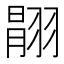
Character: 𦑉